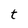
Character: t